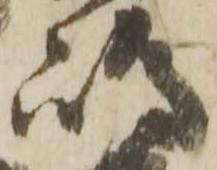
嶋